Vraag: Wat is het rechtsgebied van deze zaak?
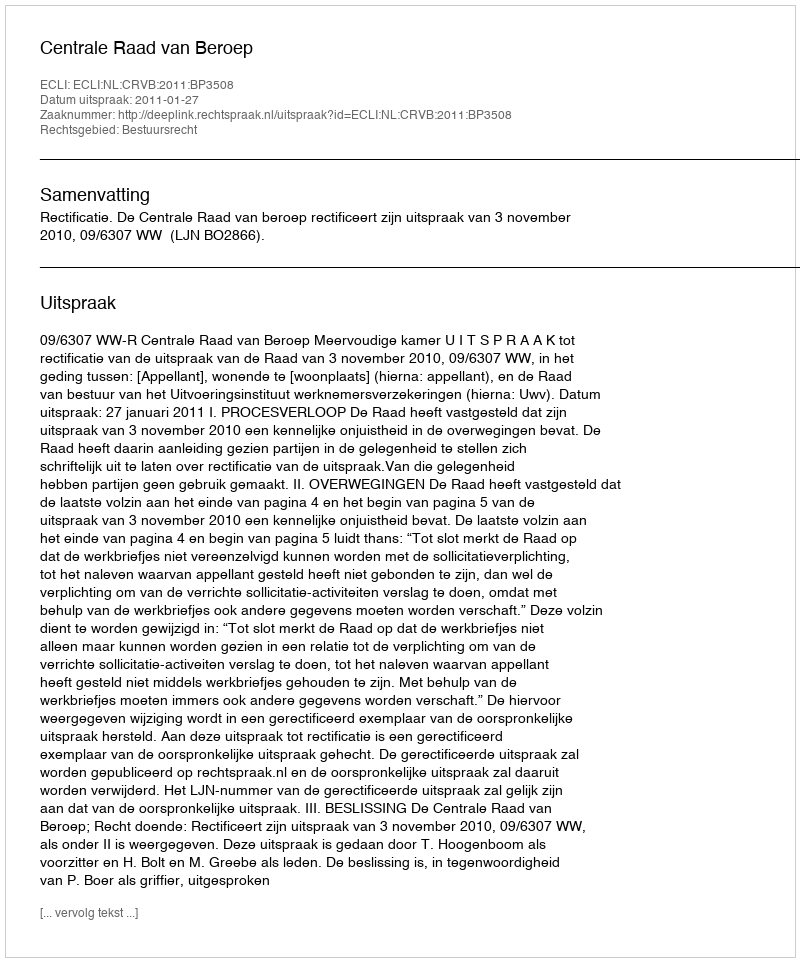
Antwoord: Bestuursrecht